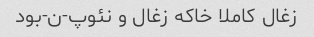
زغال کاملا خاکه زغال و نئوپ-ن-بود